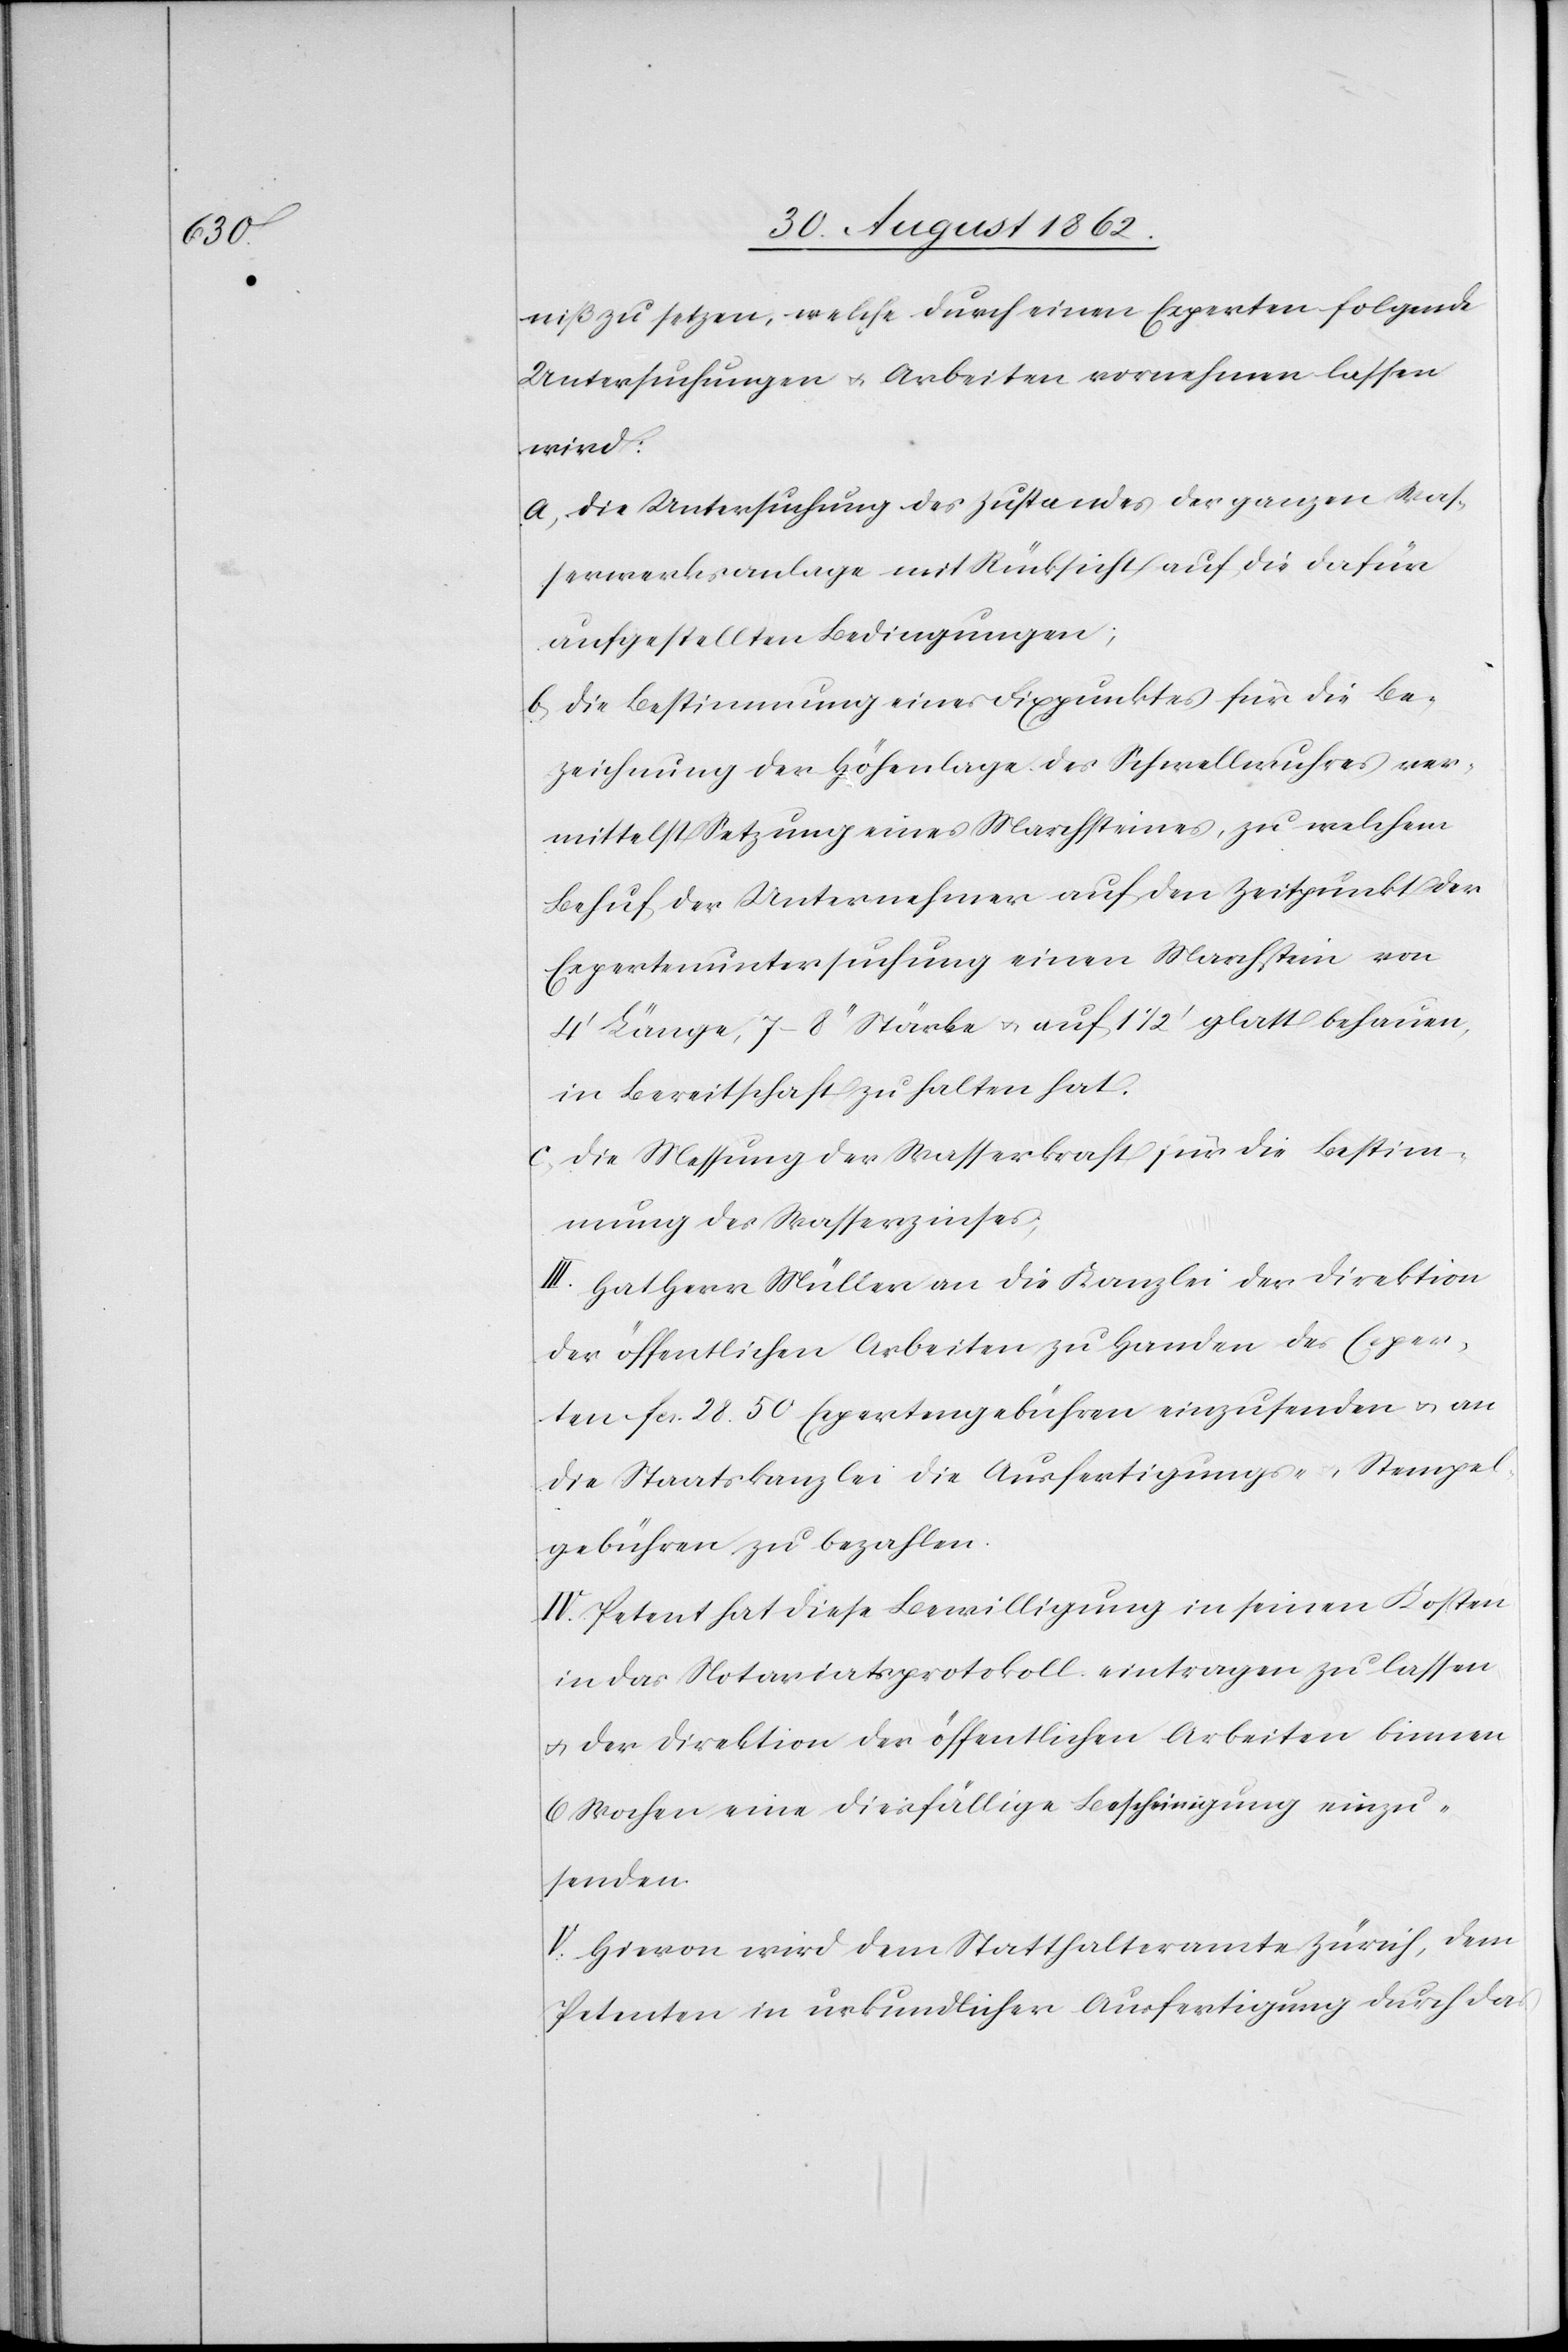
zu setzen, welche durch einen Experten folgende
Untersuchungen u. Arbeiten vornehmen lassen
wird:
a) Die Untersuchung des Zustandes der ganzen Was¬
serwerksanlage mit Rücksicht auf die dafür
aufgestellten Bedingungen;
b) Die Bestimmung eines Fixpunktes für die Be¬
zeichnung der Höhenlage des Schwellwuhres ver¬
mittelst Setzung eines Marchsteines, zu welchem
Behuf der Unternehmer auf den Zeitpunkt der
Expertenuntersuchung einen Marchstein von
4’ Länge, 7–8’’ Stärke u. auf 1 1/2’ glatt behauen,
in Bereitschaft zu halten hat.
c) Die Messung der Wasserkraft für die Bestim¬
mung des Wasserzinses;
III. Hat Herr Müller an die Kanzlei der Direktion
der öffentlichen Arbeiten zu Handen des Exper¬
ten fcs. 28. 50 Expertengebühren einzusenden u. an
die Staatskanzlei die Ausfertigungs- u. Stempel¬
gebühren zu bezahlen.
IV. Petent hat diese Bewilligung in seinen Kosten
in das Notariatsprotokoll eintragen zu lassen
u. der Direktion der öffentlichen Arbeiten binnen
6 Wochen eine diesfällige Bescheinigung einzu¬
senden.
V. Hievon wird dem Statthalteramte Zürich, dem
Petenten in urkundlicher Ausfertigung durch das